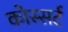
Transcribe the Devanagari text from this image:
कोस्सर्ट